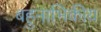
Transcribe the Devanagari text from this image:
बहुनाभिकीय